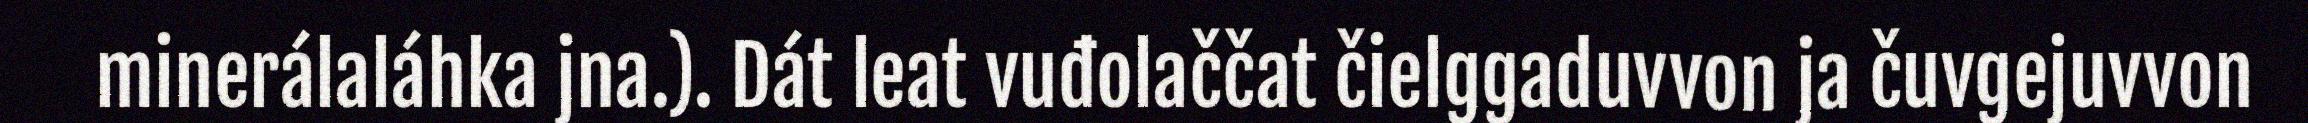
minerálaláhka jna.). Dát leat vuđolaččat čielggaduvvon ja čuvgejuvvon